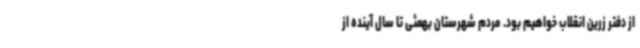
از دفتر زرین انقلاب خواهیم بود. مردم شهرستان بهمئی تا سال آینده از